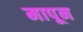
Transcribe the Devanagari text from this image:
मापून